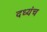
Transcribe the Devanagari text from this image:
दध्यंच